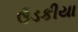
ઉડકીયા